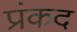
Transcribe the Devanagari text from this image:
प्रंकद